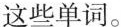
这些单词。